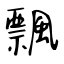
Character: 飄